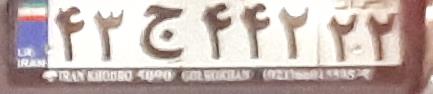
۴۳ج۴۴۲۲۲